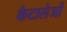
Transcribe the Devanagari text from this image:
कैटालेजों